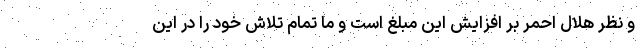
و نظر هلال احمر بر افزایش این مبلغ است و ما تمام تلاش خود را در این